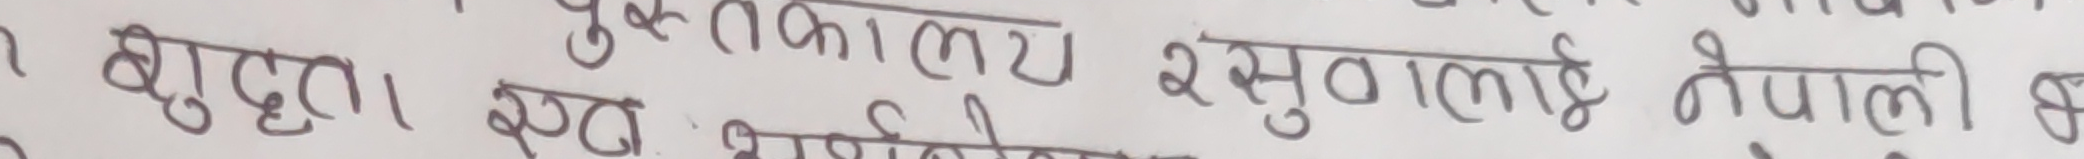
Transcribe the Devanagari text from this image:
पुस्तककालय रसुवालाई नेपाली